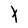
Character: t